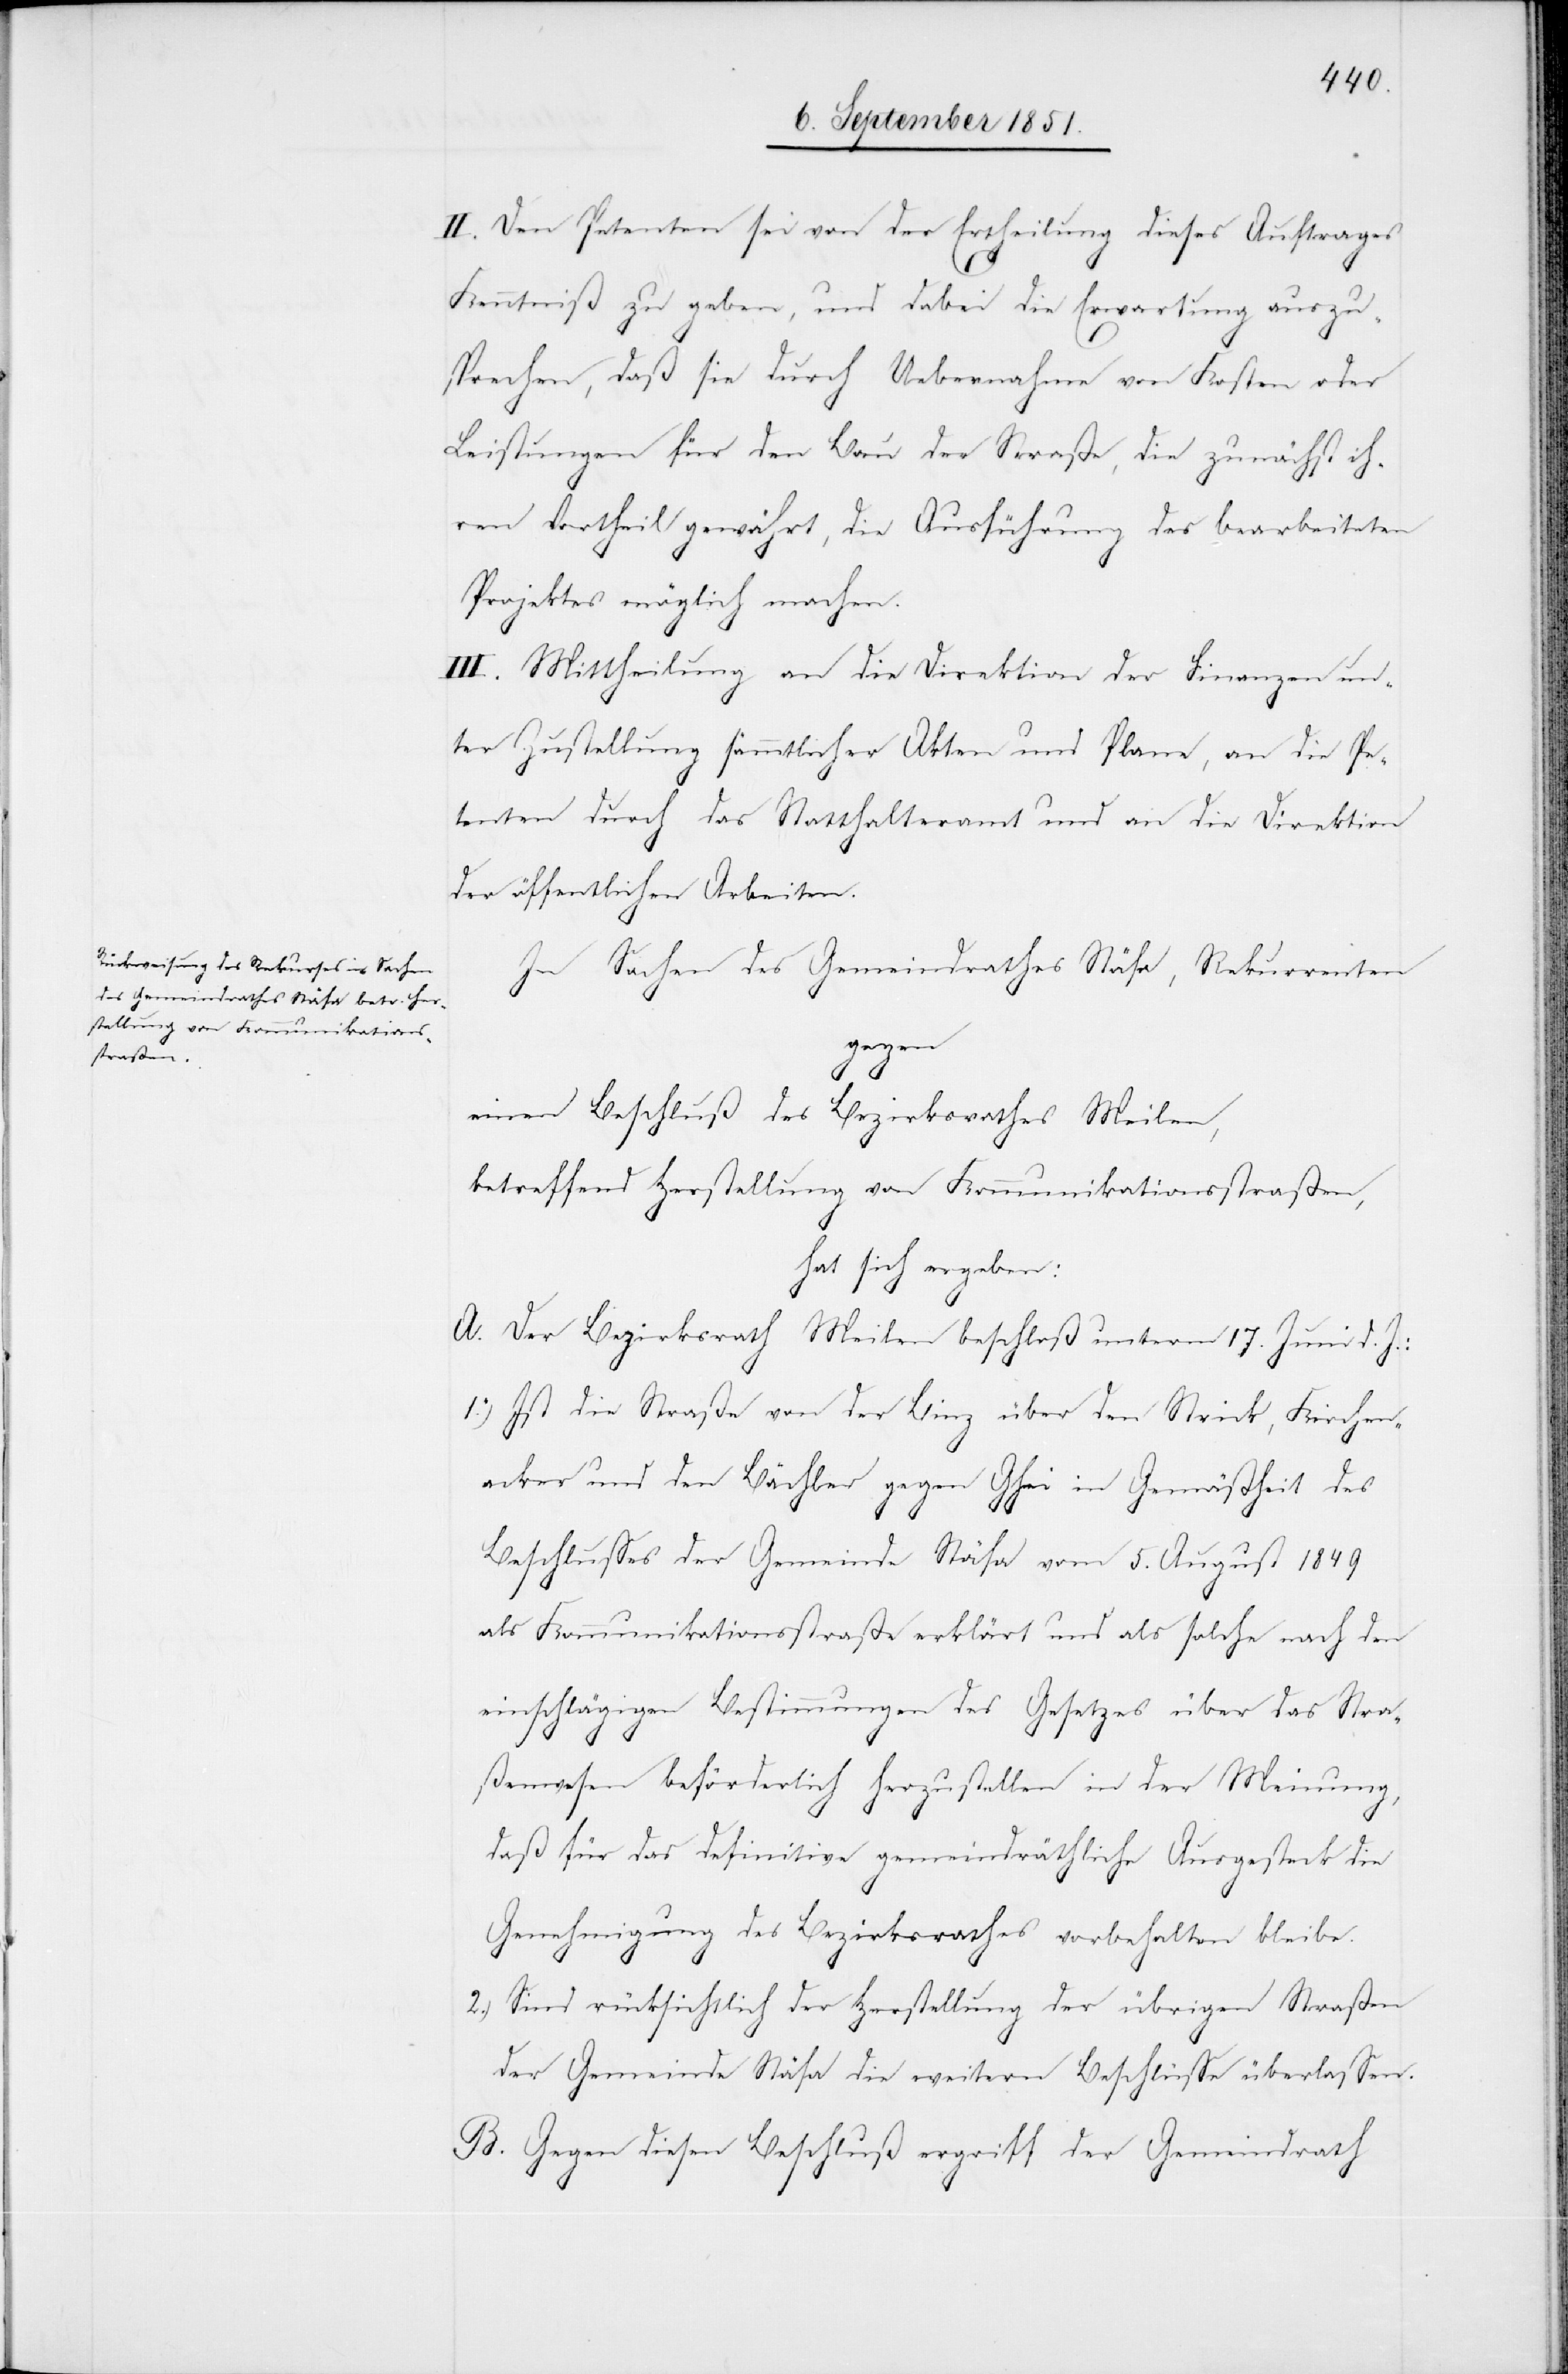
II. Den Petenten sei von der Ertheilung dieses Auftrages
Kenntniß zu geben, und dabei die Erwartung auszu¬
sprechen, daß sie durch Uebernahme von Kosten oder
Leistungen für den Bau der Straße, die zunächst ih¬
ren Vortheil gewährt, die Ausführung des bearbeiteten
Projektes möglich machen.
III. Mittheilung an die Direktion der Finanzen un¬
ter Zustellung sämmtlicher Akten und Plane, an die Pe¬
tenten durch das Statthalteramt und an die Direktion
der öffentlichen Arbeiten.
In Sachen des Gemeindrathes Stäfa, Rekurrenten
gegen
einen Beschluß des Bezirksrathes Meilen,
betreffend Herstellung von Kommunikationsstraßen,
hat sich ergeben:
A. Der Bezirksrath Meilen beschloß unterm 17. Juni d. J.:
Ist die Straße von der Binz über den Strick, Kirchen¬
acker und den Bächler gegen Ghei in Gemäßheit des
Beschlusses der Gemeinde Stäfa vom 5. August 1849
als Kommunikationsstraße erklärt und als solche nach den
einschlägigen Bestimmungen des Gesetzes über das Stra¬
ßenwesen beförderlich herzustellen in der Meinung,
daß für das definitive gemeindräthliche Ausgesteck die
Genehmigung des Bezirksrathes vorbehalten bleibe.
Sind rücksichtlich der Herstellung der übrigen Straßen
der Gemeinde Stäfa die weitern Beschlüsse überlassen.
B. Gegen diesen Beschluß ergriff der Gemeindrath